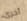
أخرى